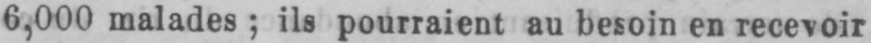
6,000 malades; ils pourraient au besoin en recevoir